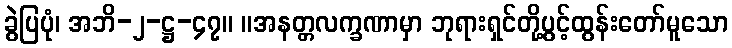
ခွဲပြပုံ၊ အဘိ-၂-ဋ္ဌ-၄၇။ ။အနတ္တလက္ခဏာမှာ ဘုရားရှင်တို့ပွင့်ထွန်းတော်မူသော